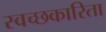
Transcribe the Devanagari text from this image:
स्वच्छकारिता